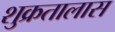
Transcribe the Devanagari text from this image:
शुक्रतालास